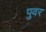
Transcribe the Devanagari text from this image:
पुवर